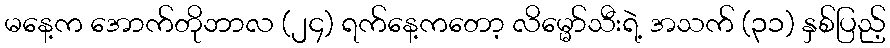
မနေ့က အောက်တိုဘာလ (၂၄) ရက်နေ့ကတော့ လိမ္မော်သီးရဲ့ အသက် (၃၁) နှစ်ပြည့်